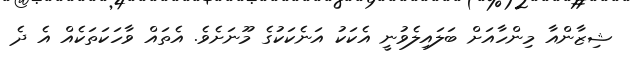
ޝިޒާންއާ މިންހާއަށް ބަލައިލެވުނީ އެކަކު އަނެކަކުގެ މޫނަށެވެ. އެތައް ވާހަކަތަކެއް އެ ދެ